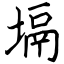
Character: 塥